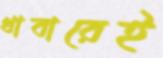
খাবারেই